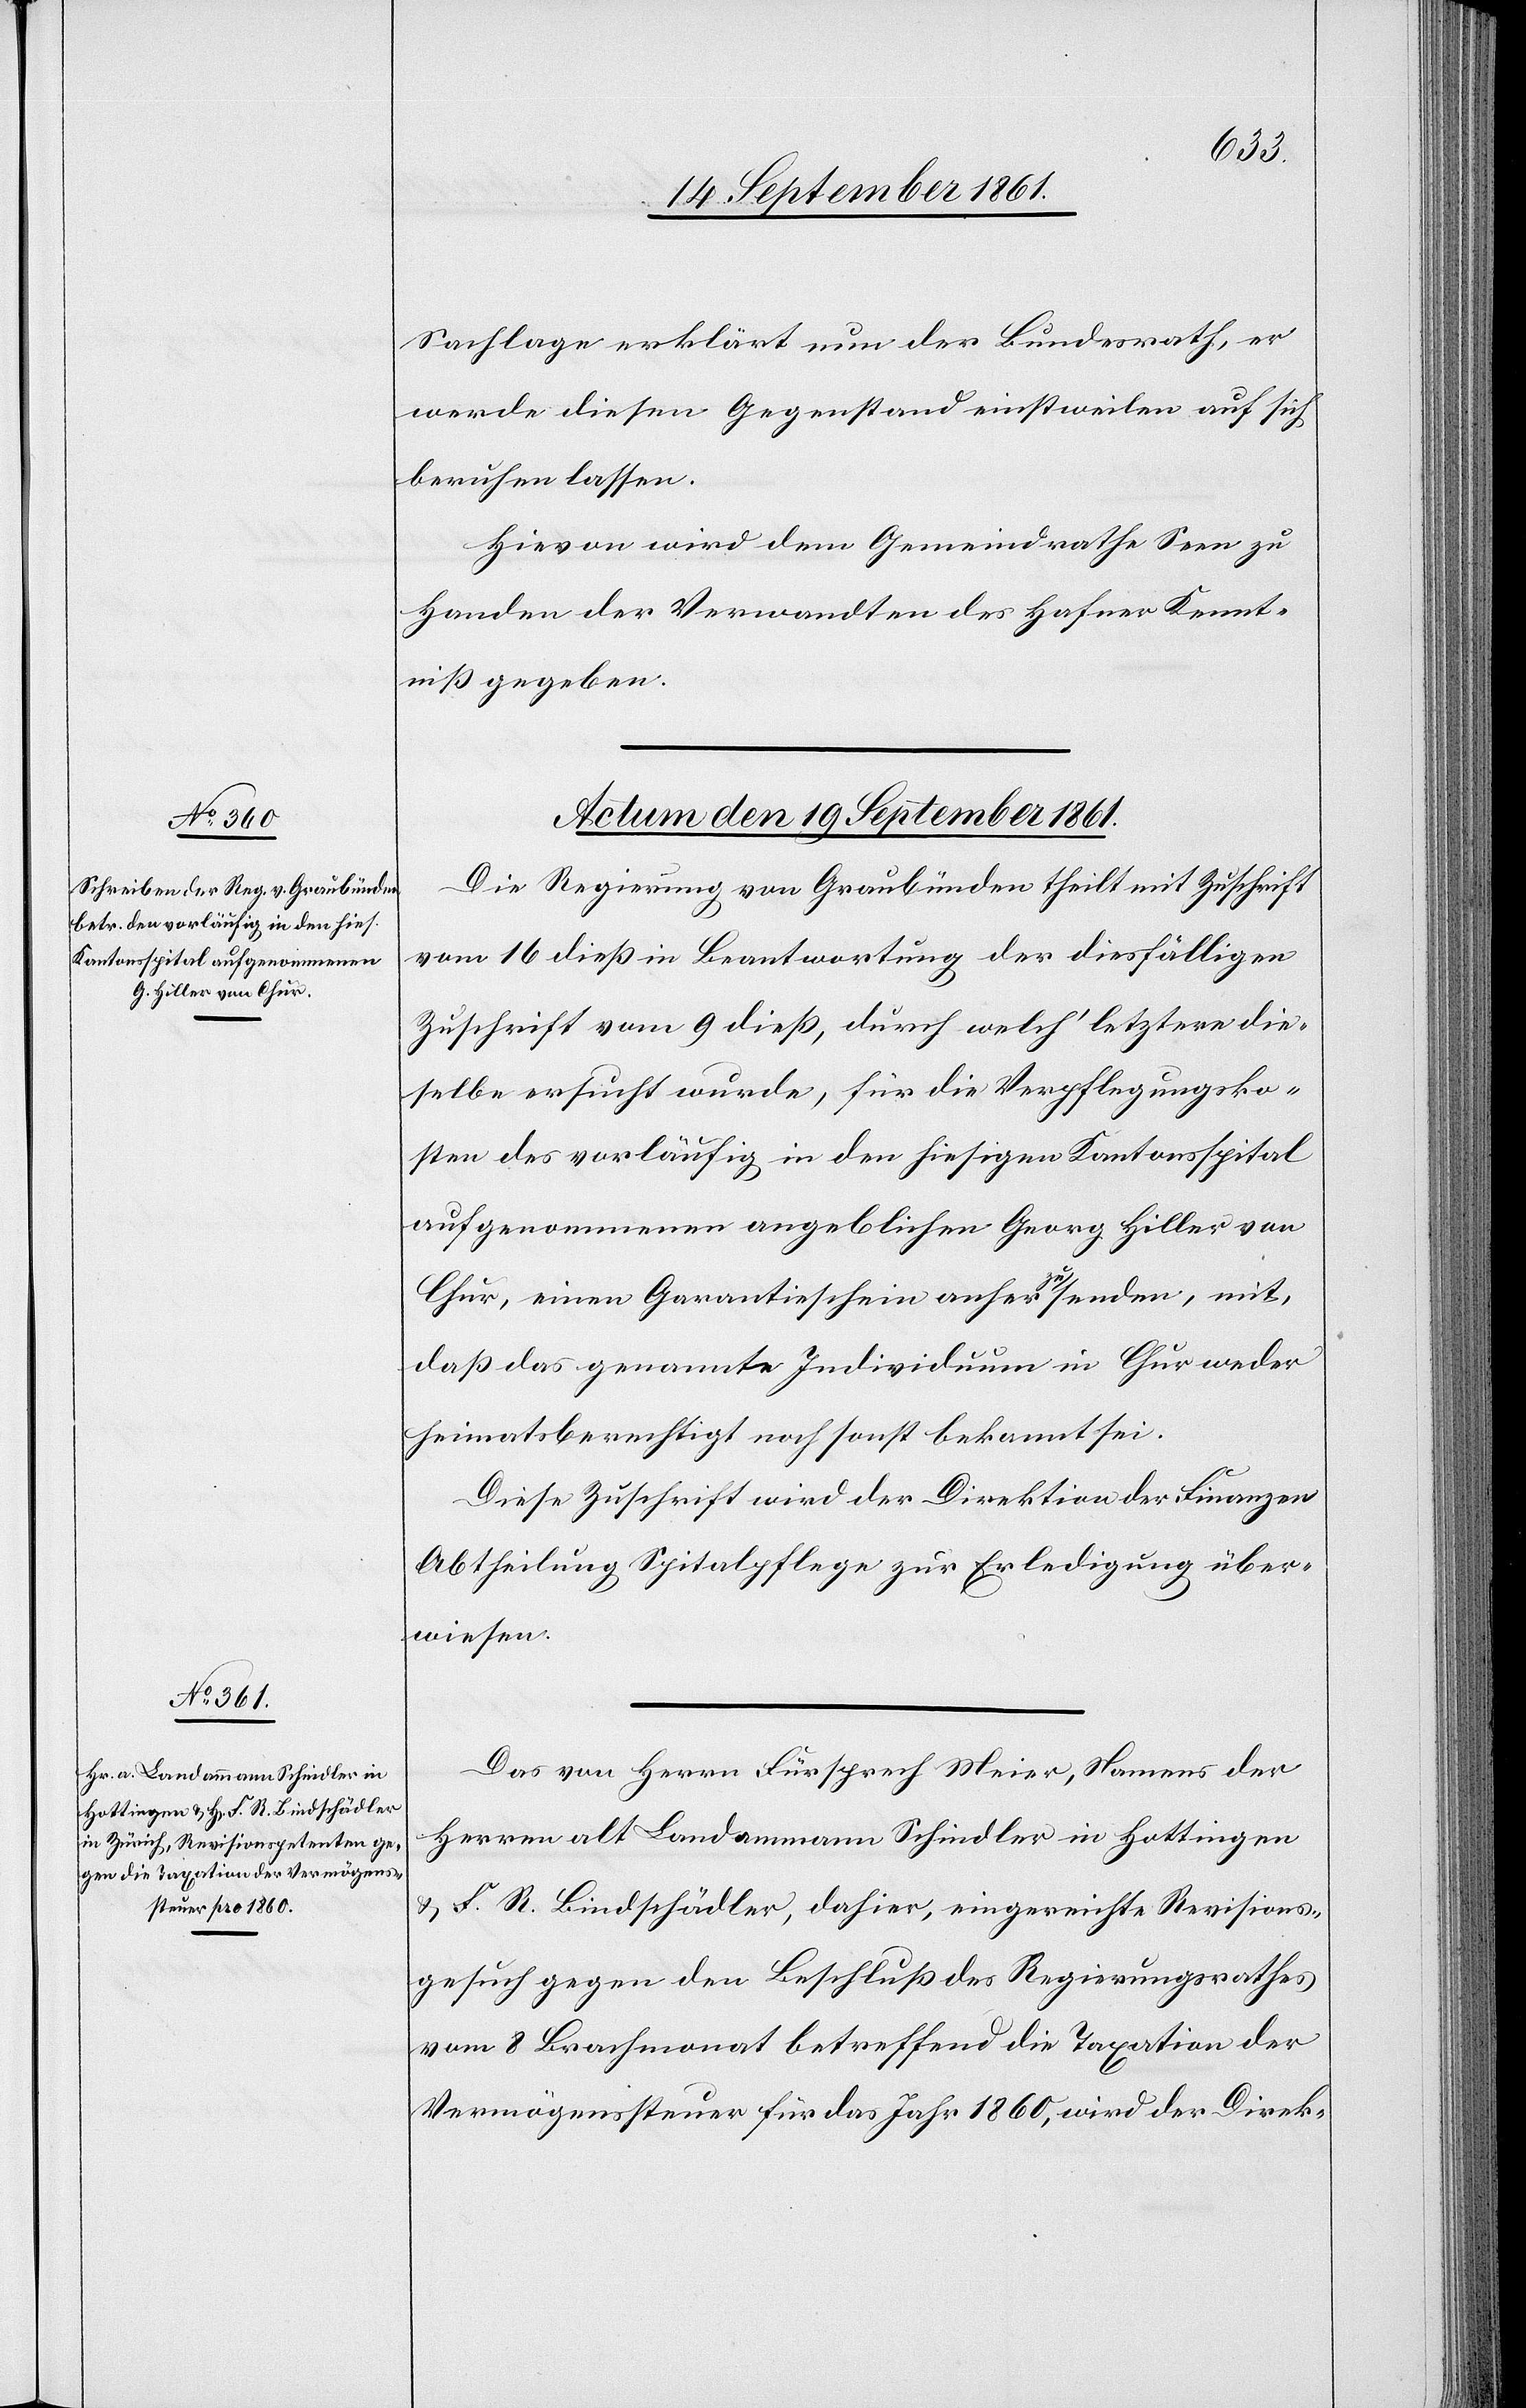
Sachlage erklärt nun der Bundesrath, er
werde diesen Gegenstand einstweilen auf sich
beruhen lassen.
Hievon wird dem Gemeindrathe Seen zu
Handen der Verwandten des Hafner Kennt¬
niß gegeben.
Actum den 19 September 1861.]
Die Regierung von Graubünden theilt mit Zuschrift
vom 16 dieß in Beantwortung der diesfälligen
Zuschrift vom 9 dieß, durch welch’ letztere die¬
selbe ersucht wurde, für die Verpflegungsko¬
sten des vorläufig in den hiesigen Kantonsspital
aufgenommenen angeblichen Georg Hiller von
Chur, einen Garantieschein anher zu senden, mit,
daß das genannte Individuum in Chur weder
Heimatsberechtigt noch sonst bekannt sei.
Diese Zuschrift wird der Direktion der Finanzen
Abtheilung Spitalpflege zur Erledigung über¬
wiesen.
Das von Herrn Fürsprech Meier, Namens der
Herren alt Landammann Schindler in Hottingen
u. F. R. Bindschädler, dahier, eingereichte Revisions¬
gesuch gegen den Beschluß des Regierungsrathes
vom 8 Brachmonat betreffend die Taxation der
Vermögenssteuer für das Jahr 1860, wird der Direk-